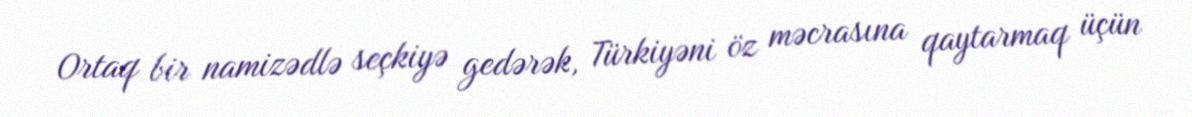
Ortaq bir namizədlə seçkiyə gedərək, Türkiyəni öz məcrasına qaytarmaq üçün